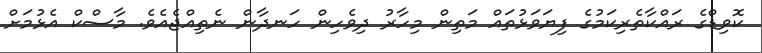
ކޮވިޑްގެ ރައްކާތެރިކަމުގެ ފިޔަވަޅުތައް މަތިން މިހާރު ދިވެހިން ހަނދާން ނެތިއްޖެއެވެ. މާސްކް އެޅުމަށް